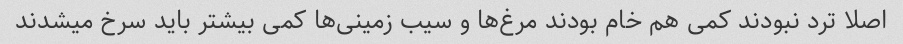
اصلا ترد نبودند کمی هم خام بودند مرغ‌ها و سیب زمینی‌ها کمی بیشتر باید سرخ میشدند